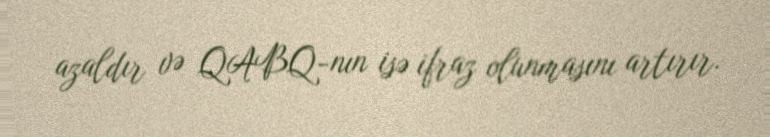
azaldır və QABQ-nın isə ifraz olunmasını artırır.